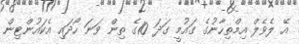
އޭ ލެވެލް އިމްތިހާނުގެ ގައުމީ ގަދަ 10ގެ ތިން ވަނަ ހޯދައި އެކައުންޓިން